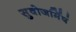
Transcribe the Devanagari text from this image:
सुवोजर्मिषं